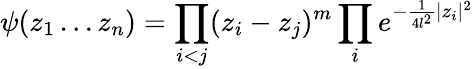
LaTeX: \psi(z_{1}\ldots z_{n})=\prod_{i<j}(z_{i}-z_{j})^{m}\prod_{i}e^{-\frac{1}{4l^{2}}|z_{i}|^{2}}